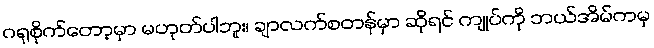
ဂရုစိုက်တော့မှာ မဟုတ်ပါဘူး၊ ချာလက်စတန်မှာ ဆိုရင် ကျုပ်ကို ဘယ်အိမ်ကမှ